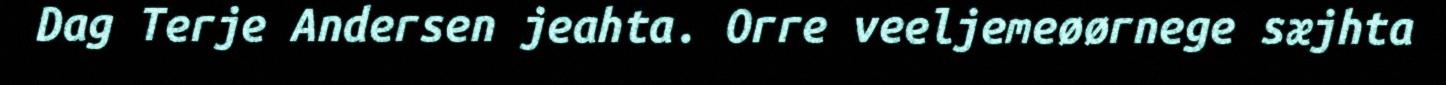
Dag Terje Andersen jeahta. Orre veeljemeøørnege sæjhta